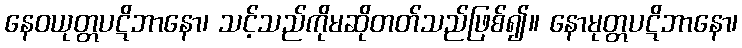
နေဝယုတ္တပဋိဘာနော၊ သင့်သည်ကိုမဆိုတတ်သည်ဖြစ်၍။ နောမုတ္တပဋိဘာနော၊